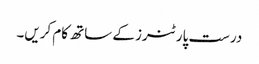
درست پارٹنرز کے ساتھ کام کریں۔